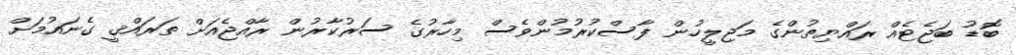
ބޮޑު ބަޖެޓެއް ރައްޔިތުންގެ މަޖިލީހުން ފާސްކުރުމުންވެސް މިހާރުގެ ސަރުކާރުން ރާއްޖެއަށް ތަރައްޤީ ގެނައުމަށް